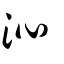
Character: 沁